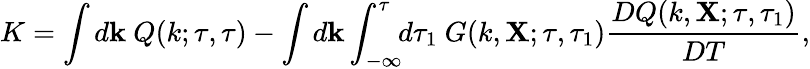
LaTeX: K=\int d{\textbf{k}}\ Q(k;\tau,\tau)-\int d{\textbf{k}}\int_{-\infty}^{\tau}\! \! d\tau_{1}\ G(k,{\textbf{X}};\tau,\tau_{1})\frac{DQ(k,{\textbf{X}};\tau,\tau_{1})}{DT},